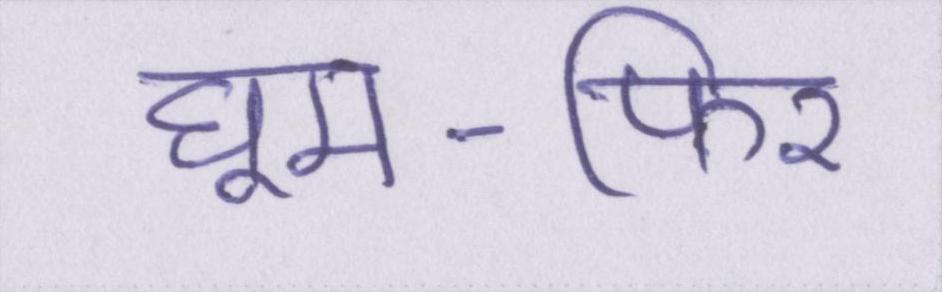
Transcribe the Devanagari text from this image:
घूम-फिर